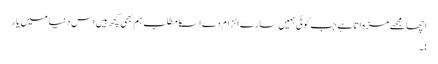
اچھا مجھے مزہ اتا ہے جب کوئی ہمیں سارے الزام دے اسکا مطلب ہم بھی کچھ ہیں اس دنیا میں یار
:۔